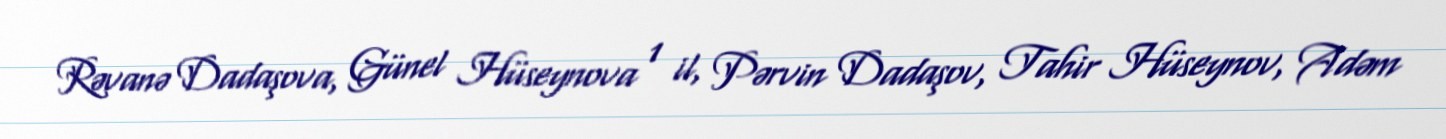
Rəvanə Dadaşova, Günel Hüseynova 1 il, Pərvin Dadaşov, Tahir Hüseynov, Adəm